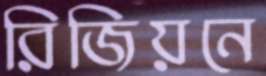
রিজিয়নে